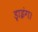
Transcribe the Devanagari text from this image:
ड्राइंग।